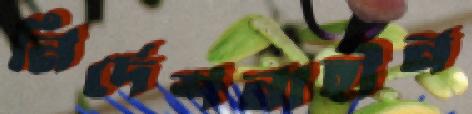
নির্দেশনাহীন